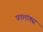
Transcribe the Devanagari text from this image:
फालांक्स